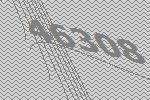
46308